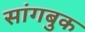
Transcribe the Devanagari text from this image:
सांगबुक